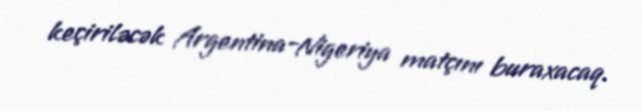
keçiriləcək Argentina-Nigeriya matçını buraxacaq.